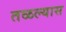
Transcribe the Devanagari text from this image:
तळल्यास